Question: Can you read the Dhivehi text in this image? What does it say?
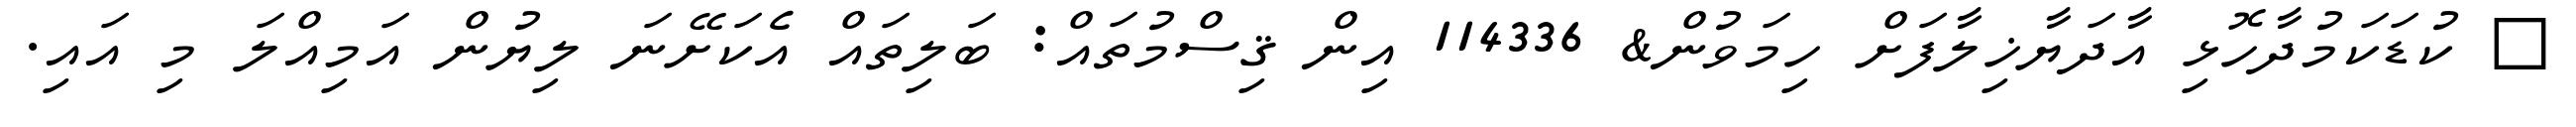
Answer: ? ކުޑަކަމުދާހޮޅި އާދަޔާޚިލާފަށް ހިމަވުން& 114336 އިން ޤިސްމުތައް: ބަލިތައް އެކަށޭނަ ލިޔުން އަމިއްލަ މި އައި.